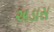
અડાસ